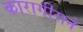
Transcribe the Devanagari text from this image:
कारागीराने